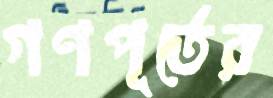
গণপূর্তের